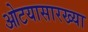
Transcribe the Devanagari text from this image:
ओटयासारख्या